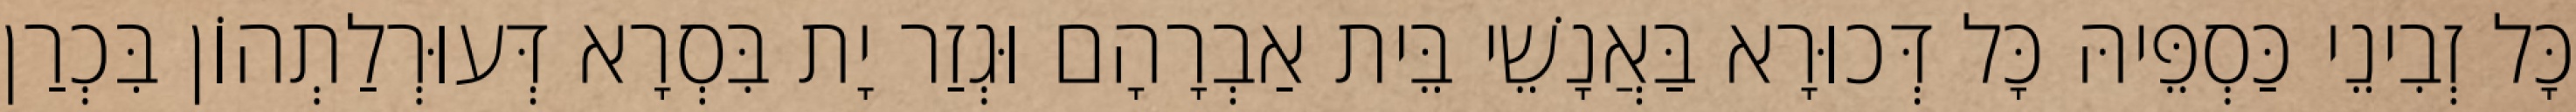
כָּל זְבִינֵי כַּסְפֵּיהּ כָּל דְּכוּרָא בַּאֲנָשֵׁי בֵּית אַבְרָהָם וּגְזַר יָת בִּסְרָא דְּעוּרְלַתְהוֹן בִּכְרַן